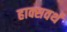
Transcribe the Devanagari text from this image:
हाक्सवर्थ